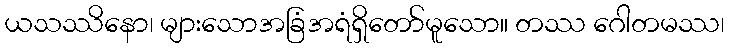
ယသဿိနော၊ များသောအခြံအရံရှိတော်မူသော။ တဿ ဂေါတမဿ၊